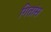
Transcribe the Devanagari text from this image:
गितांस